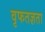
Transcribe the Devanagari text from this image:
वृफतज्ञता